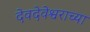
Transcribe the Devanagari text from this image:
देवदेवेश्वराच्या